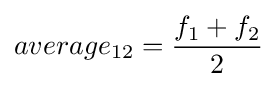
average_{12}={\frac {f_{1}+f_{2}}{2}}